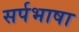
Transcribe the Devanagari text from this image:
सर्पभाषा